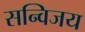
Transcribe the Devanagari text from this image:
सन्विजय